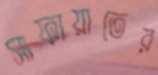
সাফায়াতের